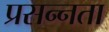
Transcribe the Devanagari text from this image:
प्रसन्‍नता